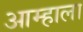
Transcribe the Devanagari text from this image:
आम्‍हाला